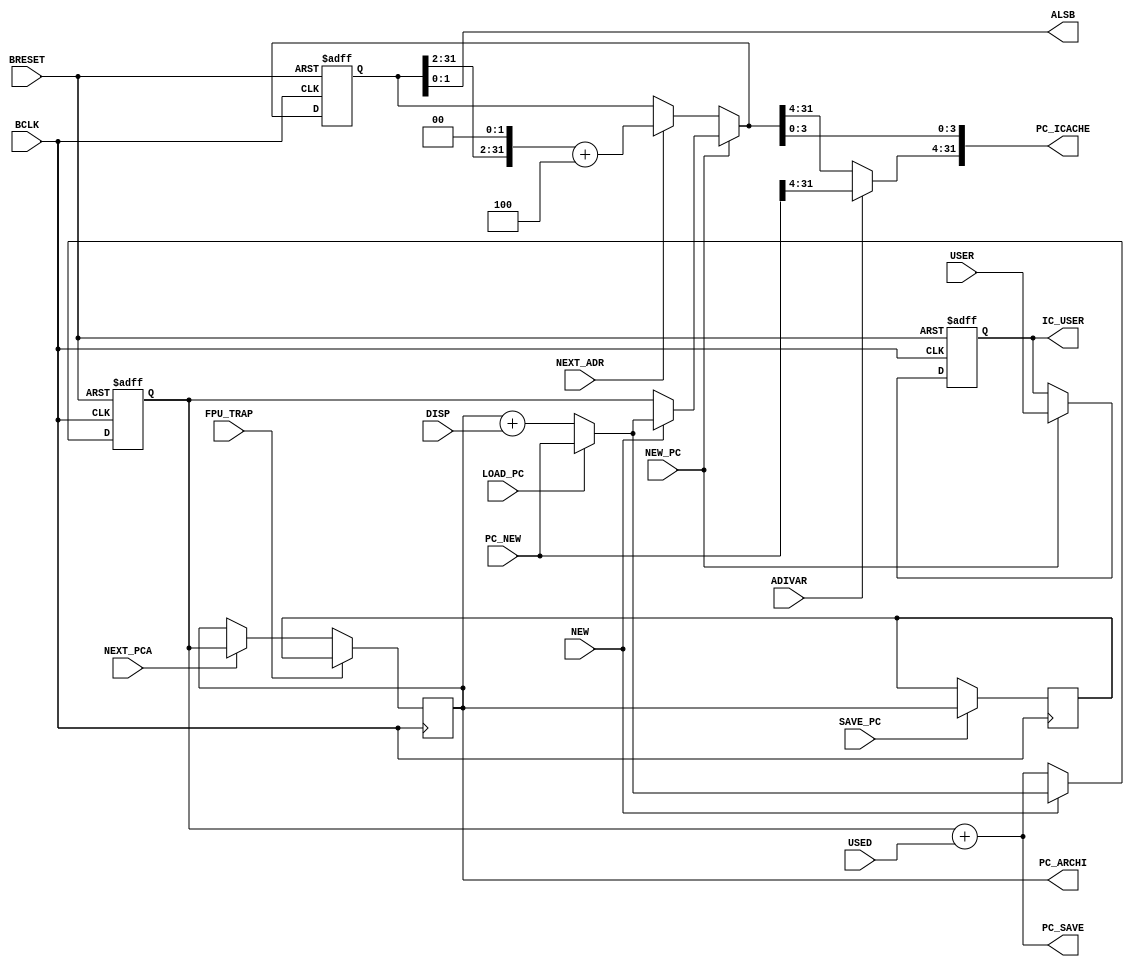
module PROG_COUNTER ( BCLK, BRESET, NEW, LOAD_PC, NEW_PC, NEXT_ADR, NEXT_PCA, DISP, PC_NEW, USED, USER, SAVE_PC, FPU_TRAP,
					  ADIVAR, PC_ARCHI, PC_ICACHE, PC_SAVE, ALSB, IC_USER);
	input			BCLK,BRESET;
	input			NEW;
	input			LOAD_PC;
	input			NEW_PC;
	input			NEXT_ADR;
	input			NEXT_PCA;
	input	[31:0]	DISP;
	input	[31:0]	PC_NEW;
	input	 [2:0]	USED;
	input			USER;
	input			SAVE_PC;
	input			FPU_TRAP;
	input			ADIVAR;
	output	[31:0]	PC_ARCHI;	
	output	[31:0]	PC_ICACHE;
	output	[31:0]	PC_SAVE;	
	output	 [1:0]	ALSB;
	output			IC_USER;
	reg		[31:0]	PC_ARCHI;
	reg		[31:0]	pc_adduse;
	reg		[31:0]	pc_ic_reg;
	reg		[31:0]	fpu_trap_pc;
	reg				IC_USER;
	wire	[31:0]	branch,pc_jump,next_pc,pc_icache_i;
	assign PC_SAVE = pc_adduse + {29'h0,USED};
	assign branch  = PC_ARCHI + DISP;
	assign pc_jump = LOAD_PC ? PC_NEW : branch;
	assign next_pc = NEW ? pc_jump : PC_SAVE;	
	always @(posedge BCLK or negedge BRESET)
		if (!BRESET) pc_adduse <= 32'h0;
		  else
			pc_adduse <= next_pc;
	always @(posedge BCLK)
		if (FPU_TRAP) PC_ARCHI <= fpu_trap_pc;	
		  else
			if (NEXT_PCA) PC_ARCHI <= pc_adduse;
	always @(posedge BCLK) if (SAVE_PC) fpu_trap_pc <= PC_ARCHI;	
	always @(posedge BCLK or negedge BRESET)
		if (!BRESET) pc_ic_reg <= 32'h0;
		  else
			pc_ic_reg <= pc_icache_i;
	assign pc_icache_i = NEW_PC ? (NEW ? pc_jump : pc_adduse) : (NEXT_ADR ? ({pc_ic_reg[31:2],2'b00} + 32'h0000_0004) : pc_ic_reg);
	assign PC_ICACHE = {(ADIVAR ? PC_NEW[31:4] : pc_icache_i[31:4]),pc_icache_i[3:0]};
	assign ALSB = pc_ic_reg[1:0];	
	always @(posedge BCLK or negedge BRESET)
		if (!BRESET) IC_USER <= 1'b0;
		  else
			if (NEW_PC) IC_USER <= USER;
endmodule